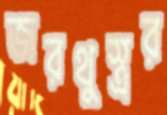
জরথুস্ত্রর